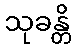
သုခန္တိ